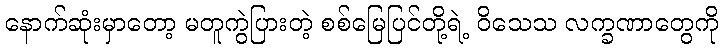
နောက်ဆုံးမှာတော့ မတူကွဲပြားတဲ့ စစ်မြေပြင်တို့ရဲ့ ဝိသေသ လက္ခဏာတွေကို